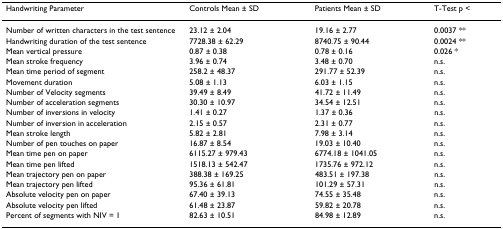
| Handwriting Parameter | Controls Mean ± SD | Patients Mean ± SD | T-Test p < |
 | --- | --- | --- | --- |
 | Number of written characters in the test sentence | 23.12 ± 2.04 | 19.16 ± 2.77 | 0.0037 ** |
 | Handwriting duration of the test sentence | 7728.38 ± 62.29 | 8740.75 ± 90.44 | 0.0024 ** |
 | Mean vertical pressure | 0.87 ± 0.38 | 0.78 ± 0.16 | 0.026 * |
 | Mean stroke frequency | 3.96 ± 0.74 | 3.48 ± 0.70 | n.s. |
 | Mean time period of segment | 258.2 ± 48.37 | 291.77 ± 52.39 | n.s. |
 | Movement duration | 5.08 ± 1.13 | 6.03 ± 1.15 | n.s. |
 | Number of Velocity segments | 39.49 ± 8.49 | 41.72 ± 11.49 | n.s. |
 | Number of acceleration segments | 30.30 ± 10.97 | 34.54 ± 12.51 | n.s. |
 | Number of inversions in velocity | 1.41 ± 0.27 | 1.37 ± 0.36 | n.s. |
 | Number of inversion in acceleration | 2.15 ± 0.57 | 2.31 ± 0.77 | n.s. |
 | Mean stroke length | 5.82 ± 2.81 | 7.98 ± 3.14 | n.s. |
 | Number of pen touches on paper | 16.87 ± 8.54 | 19.03 ± 10.40 | n.s. |
 | Mean time pen on paper | 6115.27 ± 979.43 | 6774.18 ± 1041.05 | n.s. |
 | Mean time pen lifted | 1518.13 ± 542.47 | 1735.76 ± 972.12 | n.s. |
 | Mean trajectory pen on paper | 388.38 ± 169.25 | 483.51 ± 197.38 | n.s. |
 | Mean trajectory pen lifted | 95.36 ± 61.81 | 101.29 ± 57.31 | n.s. |
 | Absolute velocity pen on paper | 67.40 ± 39.13 | 74.55 ± 35.48 | n.s. |
 | Absolute velocity pen lifted | 61.48 ± 23.87 | 59.82 ± 20.78 | n.s. |
 | Percent of segments with NIV = 1 | 82.63 ± 10.51 | 84.98 ± 12.89 | n.s. |